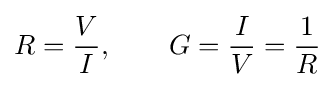
R={V \over I},\qquad G={I \over V}={\frac {1}{R}}